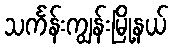
သင်္ကန်းကျွန်းမြို့နယ်